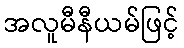
အလူမီနီယမ်ဖြင့်